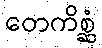
တေကိစ္ဆံ